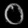
Digit: ၀